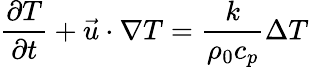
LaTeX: \frac{\partial T}{\partial t}+\vec{u}\cdot\nabla T=\frac{k}{\rho_{0}c_{p}}\Delta T